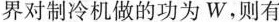
界对制冷机做的功为W，则有